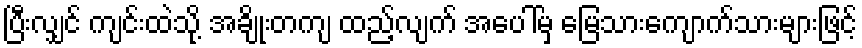
ပြီးလျှင် ကျင်းထဲသို့ အချိုးတကျ ထည့်လျက် အပေါ်မှ မြေသားကျောက်သားများဖြင့်